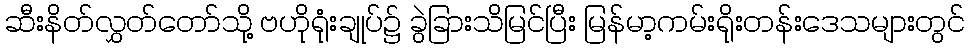
ဆီးနိတ်လွှတ်တော်သို့ ဗဟိုရုံးချုပ်၌ ခွဲခြားသိမြင်ပြီး မြန်မာ့ကမ်းရိုးတန်းဒေသများတွင်